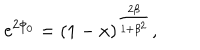
LaTeX: \mathrm { e } ^ { 2 \phi _ { 0 } } = ( 1 - x ) ^ { \frac { 2 \beta } { 1 + \beta ^ { 2 } } } ,